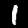
Digit: 1